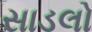
સાડલો